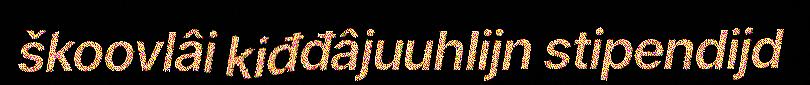
škoovlâi kiđđâjuuhlijn stipendijd